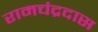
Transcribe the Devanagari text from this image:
रामचंद्रदास